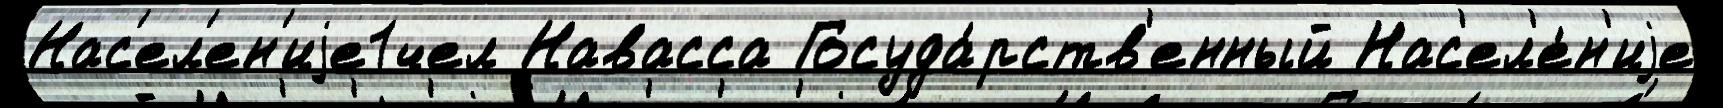
Нас'ел'ен'иjе1чел Навасса Госуда́рств'енный Нас'ел'е́н'иjе